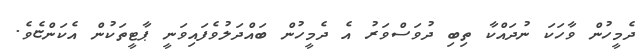
ދެމީހުން ވާހަކަ ނުދައްކާ ތިބި ދުވަސްވަރު އެ ދެމީހުން ބައްދަލުވެފައިވަނީ ޕާޓީތަކުން އެކަންޏެވެ.